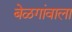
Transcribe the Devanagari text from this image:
बेळगांवाला